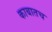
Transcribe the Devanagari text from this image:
काबातच